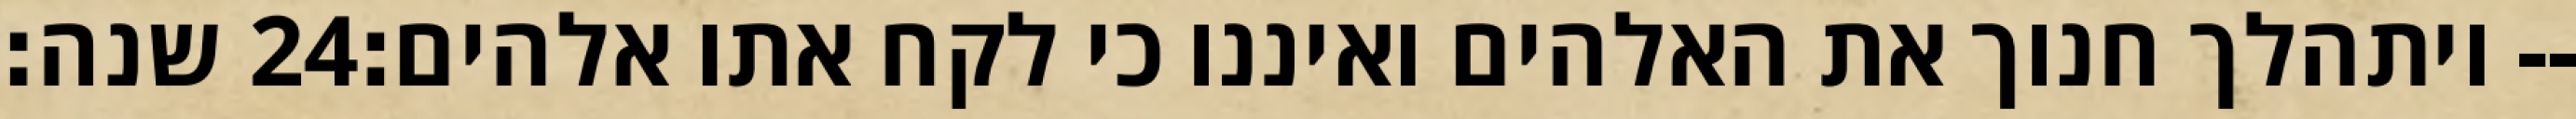
שנה׃ ‎24‏ ויתהלך חנוך את האלהים ואיננו כי לקח אתו אלהים׃--